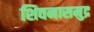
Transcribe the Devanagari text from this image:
शिवनासमुद्र